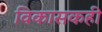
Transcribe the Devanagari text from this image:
विकासकही